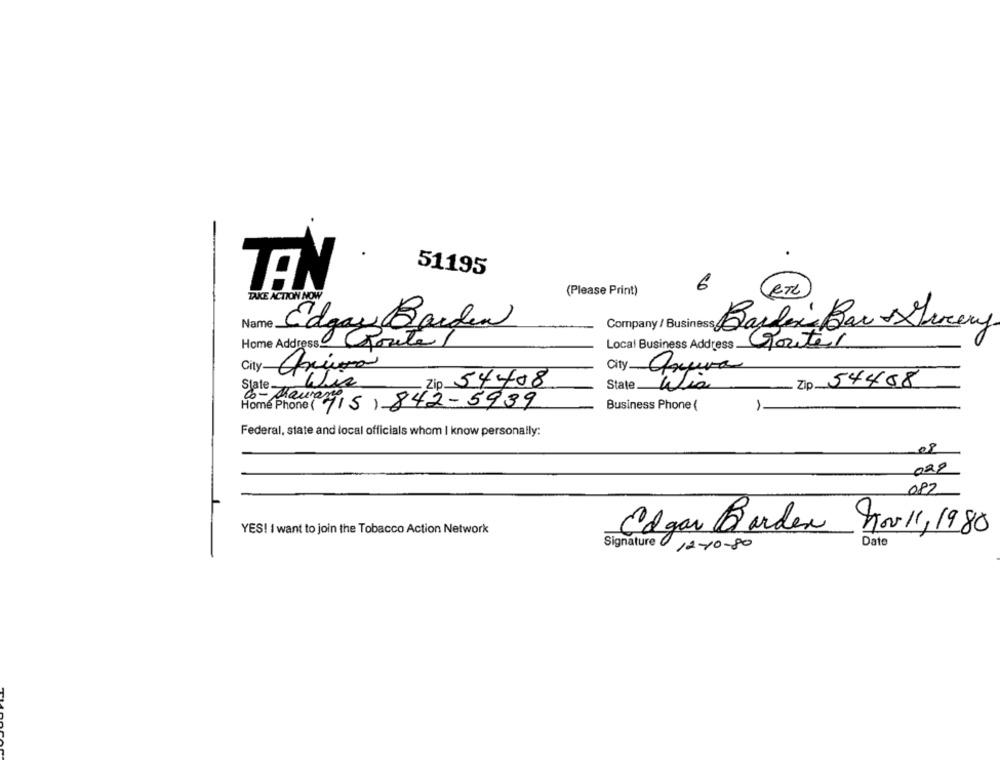
51195
TEN
6
(Please Print)
RTL
TAKE ACTION NOW
Name.
Edgar Banden
Barder's Bar Suvery
Home Address Route
Local Business Address
Router
City
Slate-
Wis
Zip 54408
State
Zip 54408
Co- Maurano
Home Phone ( 715) 842-5939
Business Phone (
Federal, state and local officials whom I know personally:
08
028
082
YES! I want to join the Tobacco Action Network
Edgar Borden Nov 1, 1980
Signature
12-10-80
Date